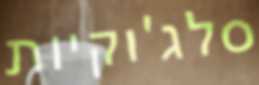
סלג'וקיות